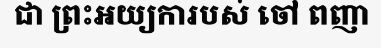
ជា ព្រះអយ្យការបស់ ចៅ ពញា